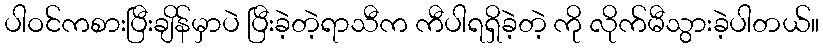
ပါဝင်ကစားပြီးချိန်မှာပဲ ပြီးခဲ့တဲ့ရာသီက ကီပါရရှိခဲ့တဲ့ ကို လိုက်မီသွားခဲ့ပါတယ်။